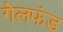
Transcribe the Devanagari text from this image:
गेलफंड